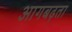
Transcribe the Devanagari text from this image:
आगबढ़ता